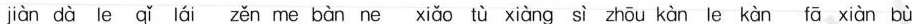
jiàn dà le qǐ lái zěn me bàn ne xiǎo tù xiàng sì zhōu kàn le kàn fā xiàn bù